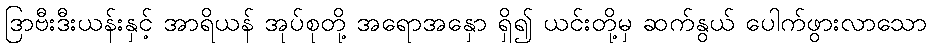
ဒြာဗီးဒီးယန်းနှင့် အာရိယန် အုပ်စုတို့ အရောအနှော ရှိ၍ ယင်းတို့မှ ဆက်နွယ် ပေါက်ဖွားလာသော